Vaccination in Bombay 1869-1873 - 1869-1873
Year: 1869
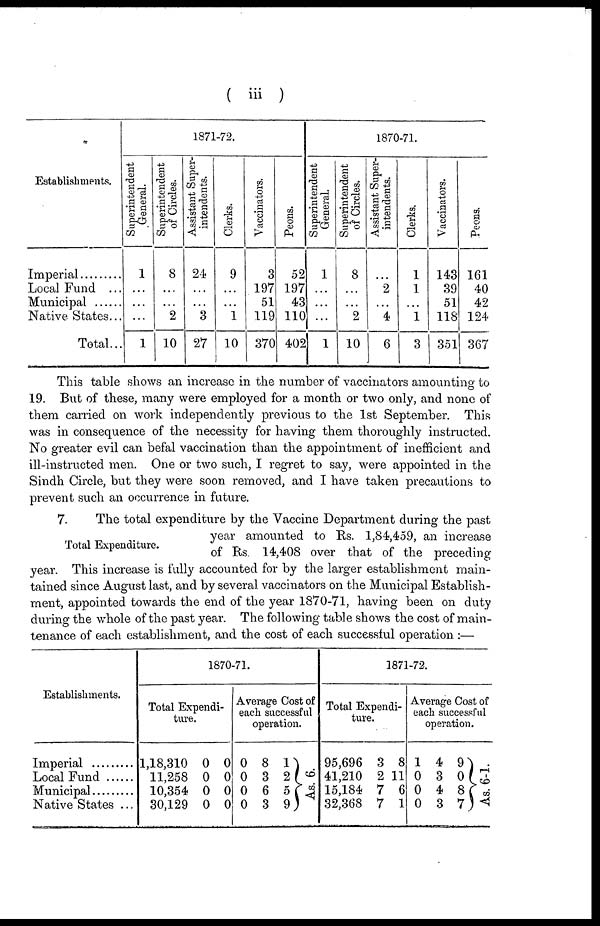
( iii )
Establishments.
Imperial
Local Fund ...
Municipal
..
Native States...
Total...
1871-72.
Superintendent
General.
1
...
...
...
1
Superintendent
of Circles.
8
...
...
2
10
Assistant Super-
intendents.
24
...
...
3
27
Clerks.
9
...
...
1
10
Vaccinators.
3
197
51
119
370
Peons.
52
197
43
110
402
1870-71.
Superintendent
General.
1
...
...
...
1
Superintendent
of Circles.
8
...
...
2
10
Assistant Super-
intendents.
...
2
...
4
6
Clerks.
1
1
...
1
3
Vaccinators.
143
39
51
118
351
Peons.
161
40
42
124
367
This table shows an increase in the number of vaccinators amounting to
19. But of these, many were employed for a month or two only, and none of
them carried on work independently previous to the 1st September. This
was in consequence of the necessity for having them thoroughly instructed.
No greater evil can befal vaccination than the appointment of inefficient and
ill-instructed men. One or two such, I regret to say, were appointed in the
Sindh Circle, but they were soon removed, and I have taken precautions to
prevent such an occurrence in future.
Total Expenditure.
7.
The total expenditure by the Vaccine Department during the past
year amounted to Rs. 1,84,459, an increase
of Rs. 14,408 over that of the preceding
year. This increase is fully accounted for by the larger establishment main-
tained since August last, and by several vaccinators on the Municipal Establish-
ment, appointed towards the end of the year 1870-71, having been on duty
during the whole of the past year. The following table shows the cost of main-
tenance of each establishment, and the cost of each successful operation :—
Establishments.
Imperial ..........
Local Fund
Municipal
Native States ...
1870-71.
Total Expendi-
ture.
1,18,310
11,258
10,354
30,129
0
0
0
0
0
0
0
0
Average Cost of
each successful
operation.
0
0
0
0
8
3
6
3
1
2
5
9
As. 6.
1871-72.
Total Expendi-
ture.
95,696
41,210
15,184
32,368
3
2
7
7
8
11
6
1
Average Cost of
each successful
operation.
1
0
0
0
4
3
4
3
9
0
8
7
As.
6-1.